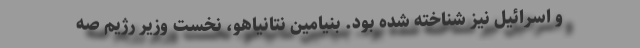
و اسرائیل نیز شناخته شده بود. بنیامین نتانیاهو، نخست وزیر رژیم صه